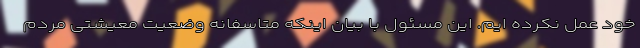
خود عمل نکرده ایم. این مسئول با بیان اینکه متاسفانه وضعیت معیشتی مردم